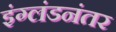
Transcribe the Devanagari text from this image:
इंग्लंडनंतर